Lunatic asylums Madras 1877-1891 - 1877-1891
Year: 1877
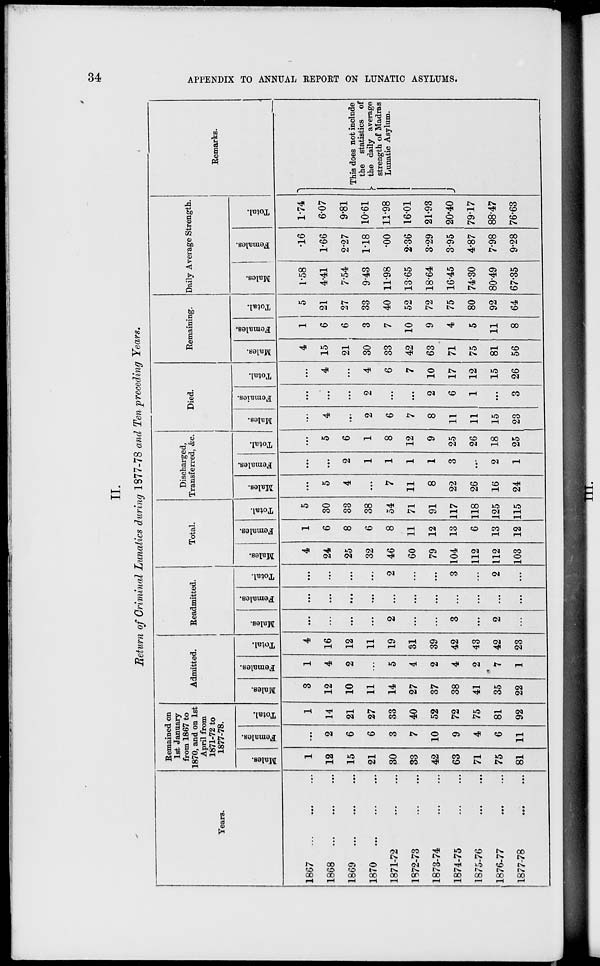
34
APPENDIX TO ANNUAL REPORT ON LUNATIC ASYLUMS.
II.
Return of Criminal Lunatics during 1877-78 and Ten preceding Years.
Years.
1867 ... ... ...
1868 ... ... ...
1869
...
... ...
1870 ... ... ...
1871-72 ... ...
1872-73 ... ...
1873-74 ... ...
1874-75 ... ...
1875-76 ... ...
1876-77 ... ...
1877-78 ... ...
Remained on
1st January
from 1867 to
1870, and on 1st
April from
1871-72 to
1877-78.
Males.
1
12
15
21
30
33
42
63
71
75
81
Females.
...
2
6
6
3
7
10
9
4
6
11
Total.
1
14
21
27
33
40
52
72
75
81
92
Admitted.
Males.
3
12
10
11
14
27
37
38
41
35
22
Females.
1
4
2
...
5
4
2
4
2
7
1
Total.
4
16
12
11
19
31
39
42
43
42
23
Readmitted.
Males.
...
...
...
...
2
...
...
3
...
2
...
Females.
...
...
...
...
...
...
...
...
...
...
...
Total.
...
...
...
...
2
...
...
3
...
2
...
Total.
Males.
4
24
25
32
46
60
79
104
112
112
103
Females.
1
6
8
6
8
11
12
13
6
13
12
Total.
5
30
33
38
54
71
91
117
118
125
115
Discharged,
Transferred, &c.
Males.
...
5
4
...
7
11
8
22
26
16
24
Females.
...
...
2
1
1
1
1
3
...
2
1
Total.
...
5
6
1
8
12
9
25
26
18
25
Died.
Males.
...
4
...
2
6
7
8
11
11
15
23
Females.
...
...
...
2
...
...
2
6
1
...
3
Total.
...
4
...
4
6
7
10
17
12
15
26
Remaining.
Males.
4
15
21
30
33
42
63
71
75
81
56
Females.
1
6
6
3
7
10
9
4
5
11
8
Total.
5
21
27
33
40
52
72
75
80
92
64
Daily Average Strength.
Males.
1.58
4.41
7.54
9.43
11.98
13.65
18.64
16.45
74.30
80.49
67.35
Females.
.16
1.66
2.27
1.18
.00
2.36
3.29
3.95
4.87
7.98
9.28
Total.
1.74
6.07
9.81
10.61
11.98
16.01
21.93
20.40
79.17
88.47
76.63
Remarks.
This does not include
the statistics of
the daily average
strength of Madras
Lunatic Asylum.